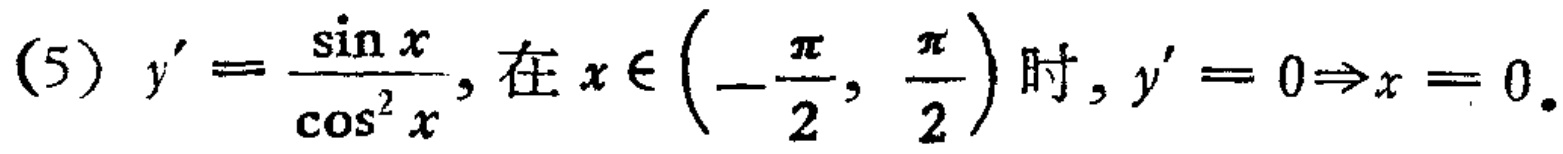
(5) \(y' = \frac{\sin x}{\cos^{2} x}\), 在 \(x\in\left(-\frac{\pi}{2}, \frac{\pi}{2}\right)\) 时, \(y' = 0\Rightarrow x = 0\).